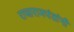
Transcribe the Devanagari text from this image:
राजारामपंतांनी